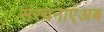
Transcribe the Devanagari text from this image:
संरचनाएंअब